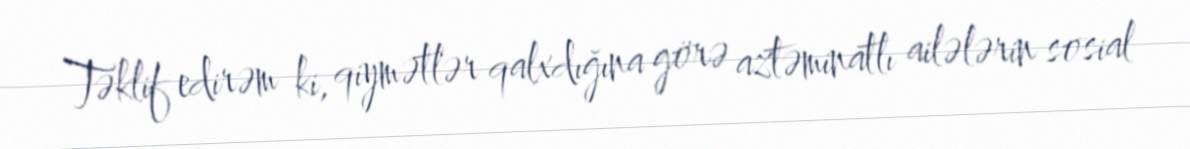
Təklif edirəm ki, qiymətlər qalxdığına görə aztəminatlı ailələrin sosial